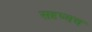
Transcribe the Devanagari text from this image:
सदृष्यच